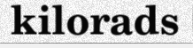
kilorads